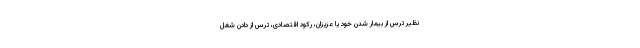
نظیر ترس از بیمار شدن خود یا عزیزان، رکود اقتصادی، ترس از دادن شغل